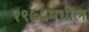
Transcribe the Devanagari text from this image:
१९७५मधील